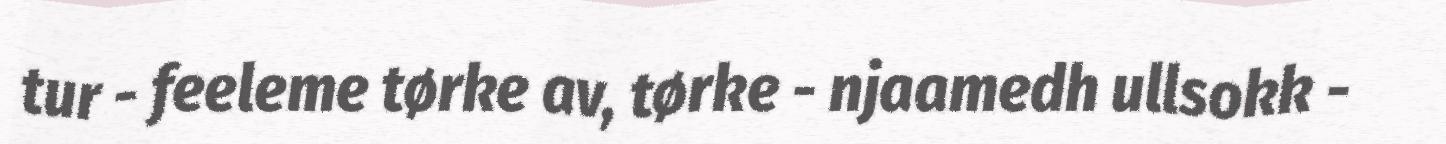
tur - feeleme tørke av, tørke - njaamedh ullsokk -